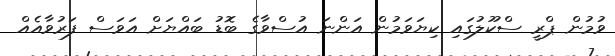
ވުމުން ޕްރީ ސްކޫލުގައި ކިޔަވަމުން އަންނަ އުސްވާގެ ބޮޑު ބައްޔަށް އަވަސް ފަރުވާއެއް